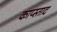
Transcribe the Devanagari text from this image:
काप्स्ताद